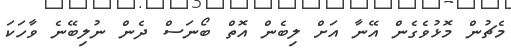
މެޗުން މޮޅުވެގެން އޭނާ އަށް ލިބެން އޮތް ބޯނަސް ދެން ނުލިބޭނެ ވާހަކަ